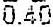
0.40